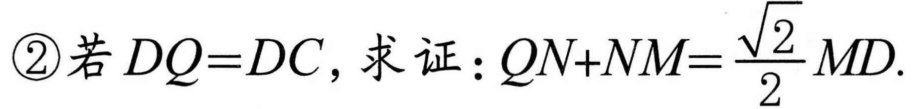
\textcircled{2}若 \(DQ = DC\)，求证：\(QN + NM=\frac{\sqrt{2}}{2}MD\).